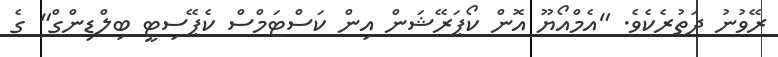
ރޭވުނު ދަތުރެކެވެ. "އެމްއޯޔޫ އޮން ކޯޕަރޭޝަން އިން ކަސްޓަމްސް ކެޕޭސިޓީ ބިލްޑިންގް" ގެ